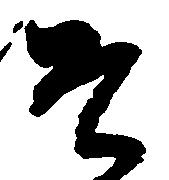
そ